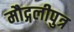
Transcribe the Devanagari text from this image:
मौद्गलीपुत्र